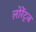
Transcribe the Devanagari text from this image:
लोरेंट्ज